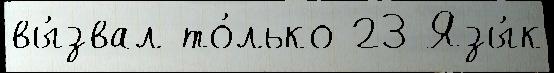
вы́звал то́лько 23 Язы́к